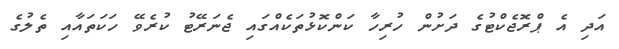
އަދި އެ ޕްރޮޖެކްޓުގެ ދަށުން ހުރިހާ ކަންކޮޅުތަކެއްގައި ޖެނަރޭޓު ކުރެވޭ ހަކަތައާއި ތެލުގެ